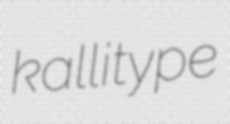
kallitype